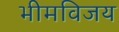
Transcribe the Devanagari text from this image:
भीमविजय